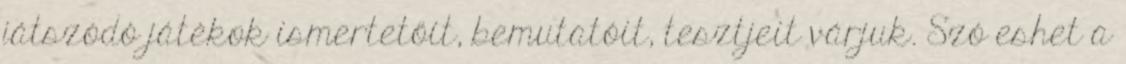
játszódó játékok ismertetőit, bemutatóit, tesztjeit várjuk. Szó eshet a